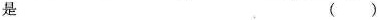
是( )